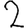
Digit: 2